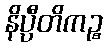
နိပ္ပီတိကဉ္စ